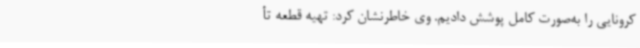
کرونایی را به‌صورت کامل پوشش دادیم. وی خاطرنشان کرد: تهیه قطعه تأ